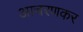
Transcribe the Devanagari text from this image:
आचरणकर